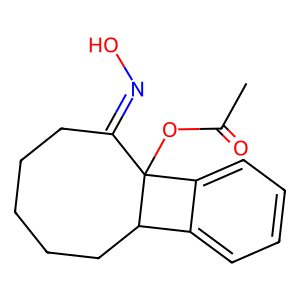
SMILES: CC(=O)OC12C(=NO)CCCCCC1c1ccccc12
Inhibits HIV replication: No